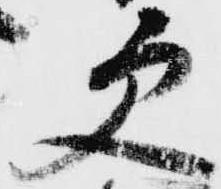
更